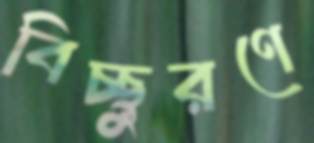
বিচ্ছুরণে